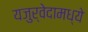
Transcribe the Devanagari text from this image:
यजुर्वेदामध्ये